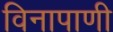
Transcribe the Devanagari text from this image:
विनापाणी